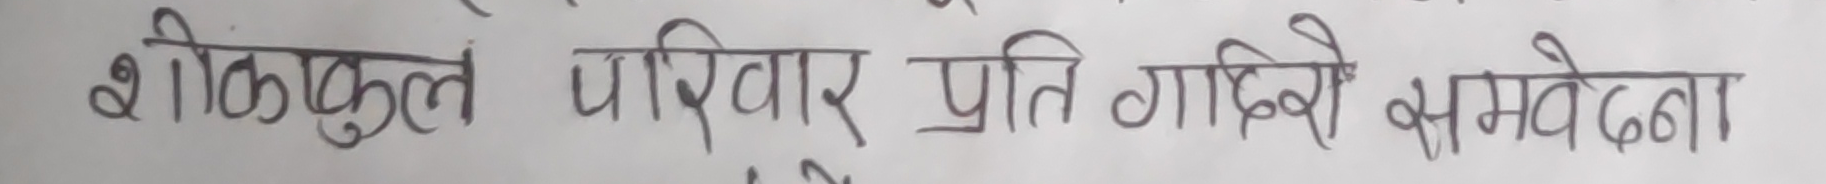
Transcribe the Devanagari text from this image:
शोकाकुल परिवार प्रति गहिरो समवेदना